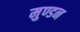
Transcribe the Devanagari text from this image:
मुण्डन